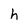
Character: h